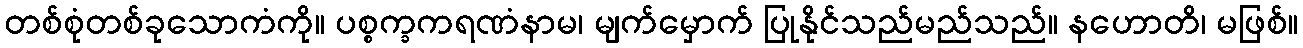
တစ်စုံတစ်ခုသောကံကို။ ပစ္စက္ခကရဏံနာမ၊ မျက်မှောက် ပြုနိုင်သည်မည်သည်။ နဟောတိ၊ မဖြစ်။